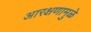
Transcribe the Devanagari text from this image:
आरक्षणामुळे